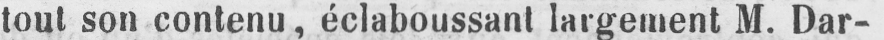
tout son contenu, éclaboussant largement M. Dar-